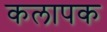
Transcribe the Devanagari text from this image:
कलापक